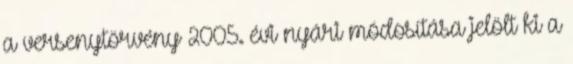
a versenytörvény 2005. évi nyári módosítása jelölt ki a